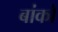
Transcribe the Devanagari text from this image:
बांकों